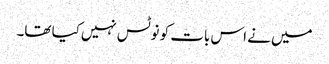
میں نے اس بات کو نوٹس نہیں‌کیا تھا۔